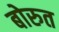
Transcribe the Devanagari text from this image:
बोरुत